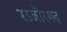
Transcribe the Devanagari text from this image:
राजौरगढ़